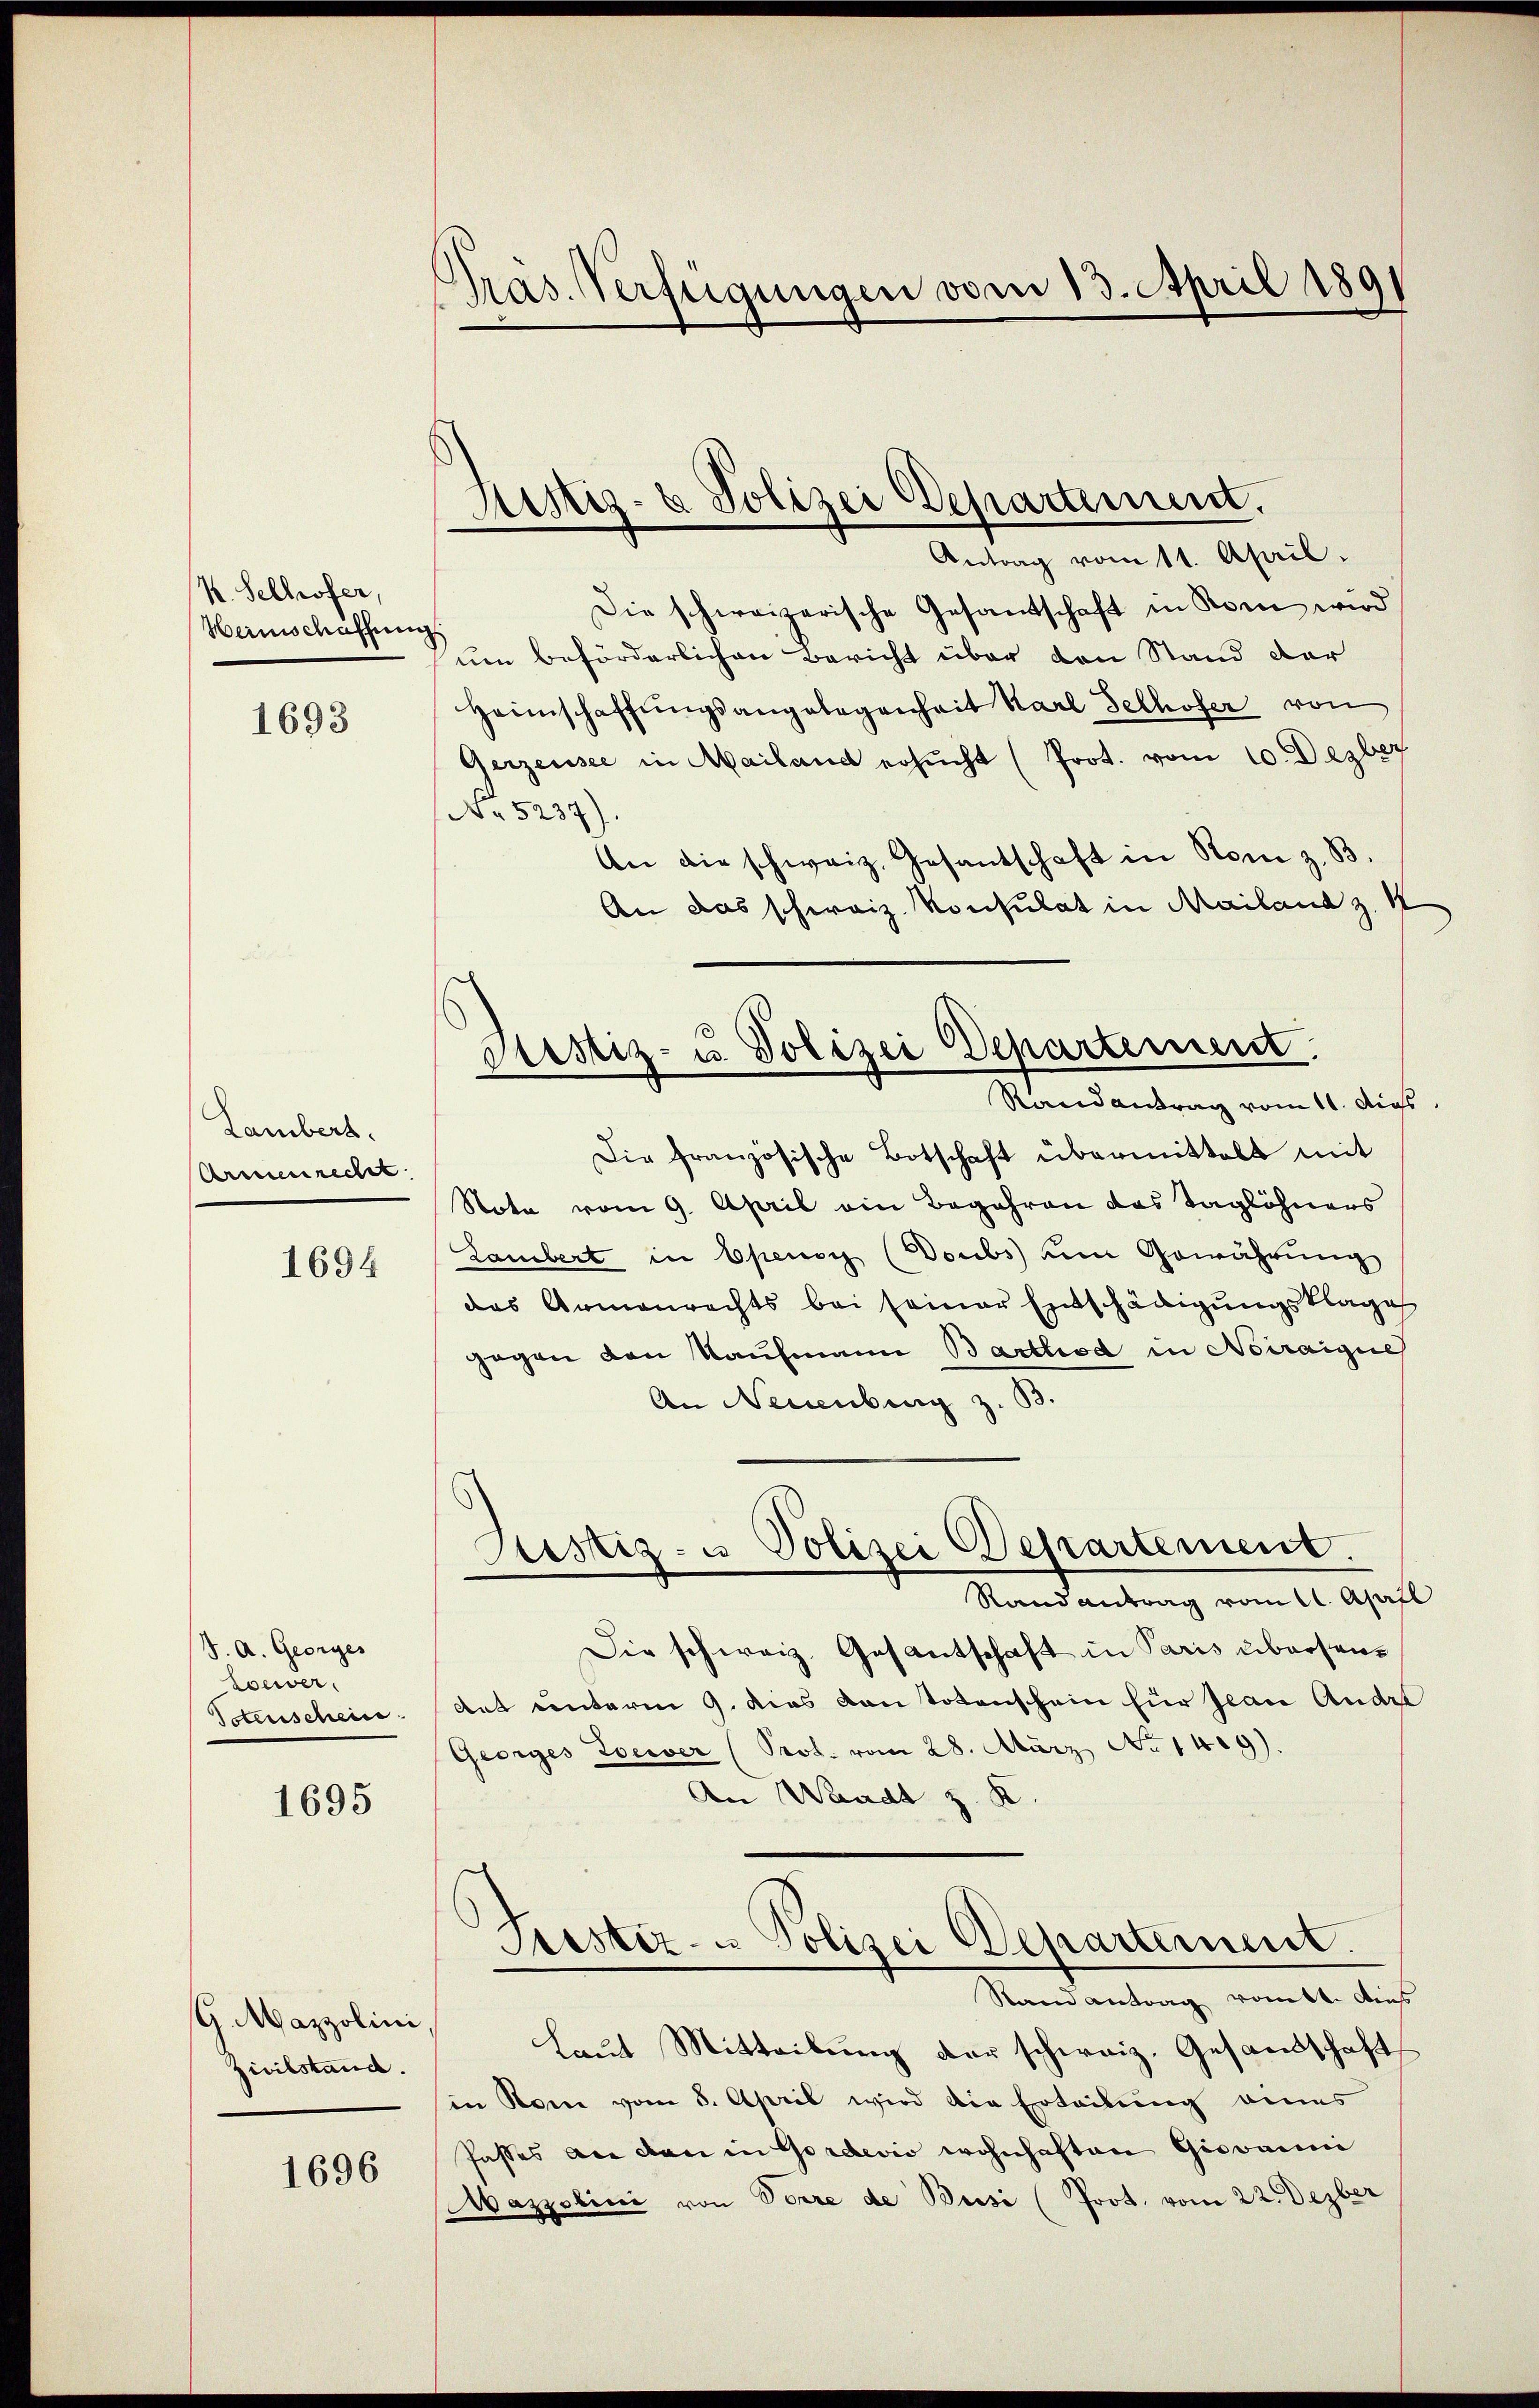
K. Selhofer,
Herinschaffnung.

1693

Lamber.
Armenrecht

1694

S. A. Georges
Loewer.
denschein

1695

G. Mazzolini
Zivilstand.

1696

Pras. Verfügungen vom 13. April 1891

Justiz- & Polizei Departement.
.
Antrag vom 11. April.

Justiz- u. Polizei Departement.
Randantrag vom 11. dies

Die schweizerische Gesandschaft in Rom wird
um beförderlichen Bericht über den Stand der
Heimschaffŭngsangelegenheit Karl Selhofer von
Gerzensee in Mailand ersŭcht (Prot. vom 10. Dezber
No 5237).
An die schweiz. Gesantschaft in Rom z. B.
An das schweiz. Konsulat in Mailand z. K
Die französische Botschaft übermittelt mit
Note vom 9. April ein Begehren das Taglöhners
Lambert in Opensy (Doubs dem Gewährung
das Armenrechts bei seiner Ennschädigungsklage
gegen den Kaufmann Barthod in Noiraigue
An Neuenburg z. 33.
Justiz- u Polizei Dessartement.
Rand antrag vom 11. April
Die schweiz. Gesantschaft in Paris übersendet unterm 9. dies von totenschein für Jean Andel
Georges Zoerver (Prot. vom 28. März No 1419).
An Waadt z. K
Siester- u Polizei Departement.
Stand antrag romtt. Dies
Laŭt Mitteilŭng der schweiz. Gesandschaft
in Rom vom 8. April wird die Erteilŭng eines
Jasses an den in Gardevio wohnhaften Giovanni
Mazzolini von Terre de Busi (Prot. vom 22. Dezber